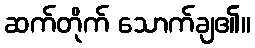
ဆက်တိုက် သောက်ချ၏။